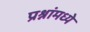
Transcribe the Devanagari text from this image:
प्रश्नांमध्ये